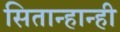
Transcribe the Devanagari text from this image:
सितान्हान्ही